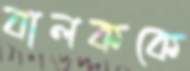
বালককে